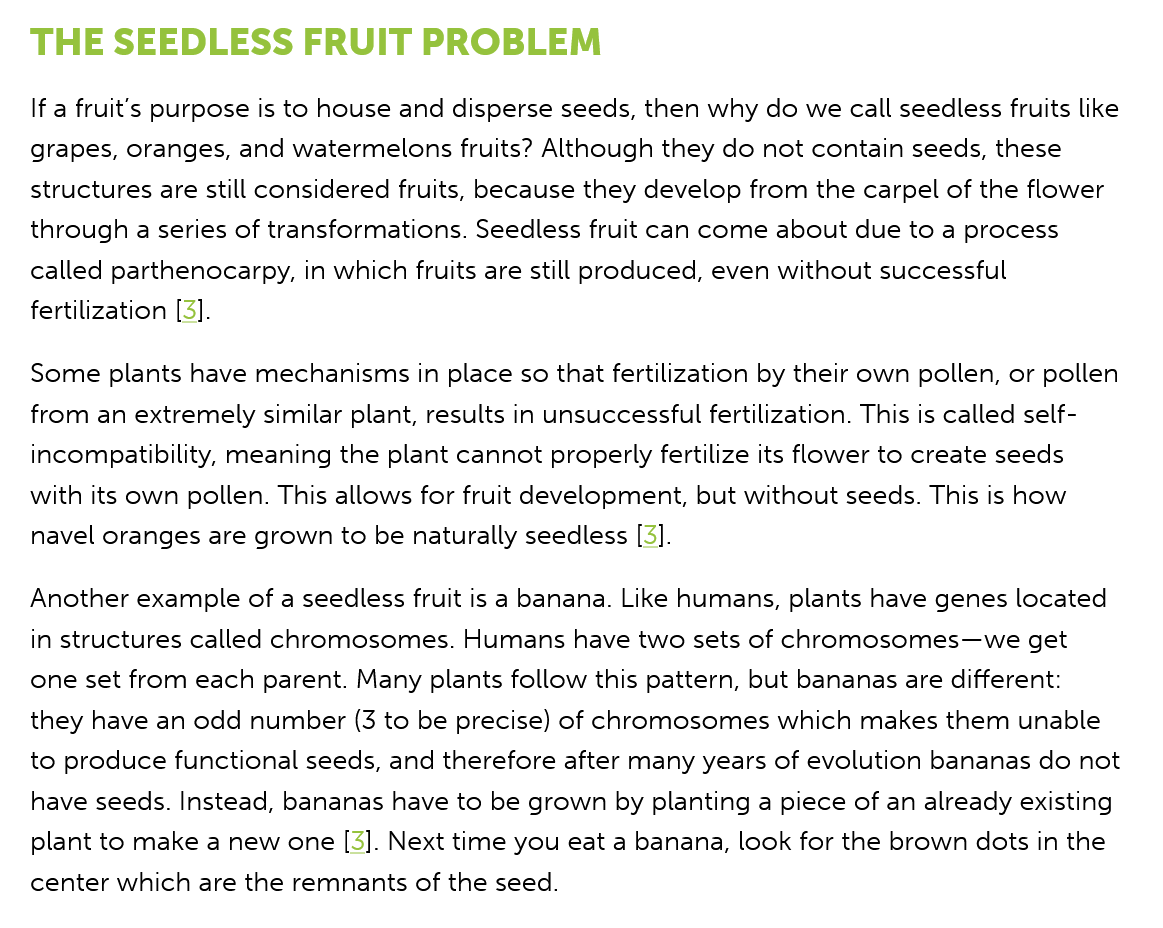
THE   SEEDLESS    FRUIT    PROBLEM
   If a fruit’s purpose is to house and disperse seeds, then why do we call seedless fruits like
   grapes, oranges, and watermelons fruits? Although they do not contain seeds, these
   structures are still considered fruits, because they develop from the carpel of the flower
   through a series of transformations. Seedless fruit can come about due to a process
   called parthenocarpy, in which fruits are still produced, even without successful
   fertilization [3].
   Some plants have mechanisms in  place so that fertilization by their own pollen, or pollen
   from an extremely similar plant, results in unsuccessful fertilization. This is called self-
   incompatibility, meaning the plant cannot properly fertilize its flower to create seeds
   with its own pollen. This allows for fruit development, but without seeds. This is how
   navel oranges are grown to be naturally seedless [3].
   Another example  of a seedless fruit is a banana. Like humans, plants have genes located
   in structures called chromosomes. Humans have two sets of chromosomes—we   get
   one set from each parent. Many plants follow this pattern, but bananas are different:
   they have an odd number (3 to be precise) of chromosomes which makes  them  unable
   to produce functional seeds, and therefore after many years of evolution bananas do not
   have seeds. Instead, bananas have to be grown by planting a piece of an already existing
   plant to make a new one [3]. Next time you eat a banana, look for the brown dots in the
   center which are the remnants of the seed.